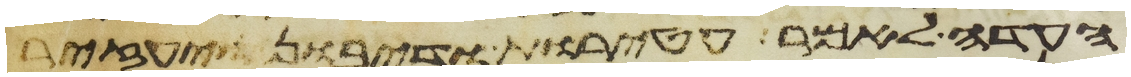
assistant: העדה לאמר עטרות ודיבון ויעזיר